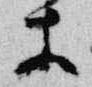
等